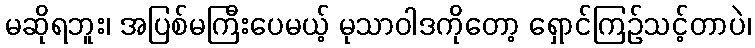
မဆိုရဘူး၊ အပြစ်မကြီးပေမယ့် မုသာဝါဒကိုတော့ ရှောင်ကြဉ်သင့်တာပဲ၊